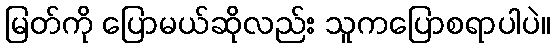
မြတ်ကို ပြောမယ်ဆိုလည်း သူကပြောစရာပါပဲ။